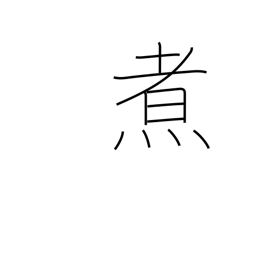
Meaning: boil